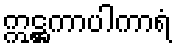
ဣဋ္ဌကာပါကာရံ